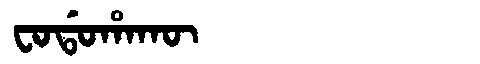
Manchu: ᠸᠣᡩᠣᡥᠠᡴᡡ
Romanization: FODOHAKŪ